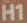
H1